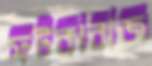
ফটকাবাজ